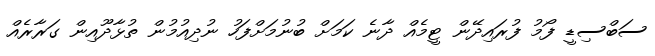
ސަބްސިޑީ ފޯމު ފުރައިދޭން ޓީމެއް ދާނެ ކަމަށް ބުނުމަށްފަހު ނުދިއުމުން ތުޅާދޫއިން ގަރާރެއް